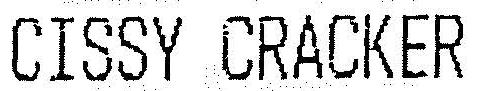
CISSY CRACKER